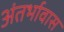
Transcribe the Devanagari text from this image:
अंतर्भावास